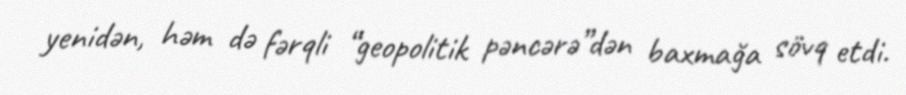
yenidən, həm də fərqli “geopolitik pəncərə”dən baxmağa sövq etdi.